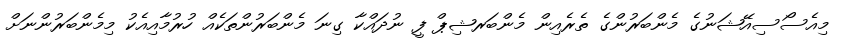
މިއެސޯސިއޭޝަނުގެ މެންބަރުންގެ ތެރެއިން މެންބަރޝިޕް ފީ ނުދައްކާ ގިނަ މެންބަރުންތަކެއް ހުރުމާއިއެކު މިމެންބަރުންނަށް